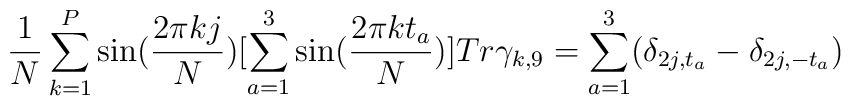
\frac{1}N \sum_{k=1}^{ P } \sin( \frac{2\pi kj}N)[\sum _{a=1}^3\sin(\frac{2\pi kt_a}N ) ] Tr \gamma _{k,9} = \sum _{a=1}^{3}(\delta_{2j,t_a}-\delta _{2j,-t_a})